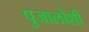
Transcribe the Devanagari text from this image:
पुजालोशी